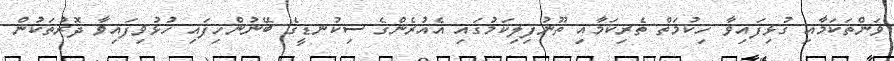
ވަންތަކަމާއި ގުޅިފައިވާ ހިކުމަތް ތެރިކަމާއި ތޫނުފިލިކަމުގައި އެއުރެންގެ ސިކުނޑީގެ ބޭނުންހިފައި ހުޅުވިފައިވާ ދޮރުތަކުން